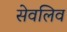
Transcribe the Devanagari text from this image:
सेवलिव